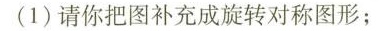
(1)请你把图补充成旋转对称图形；